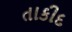
તાકીદ